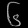
Digit: ၆